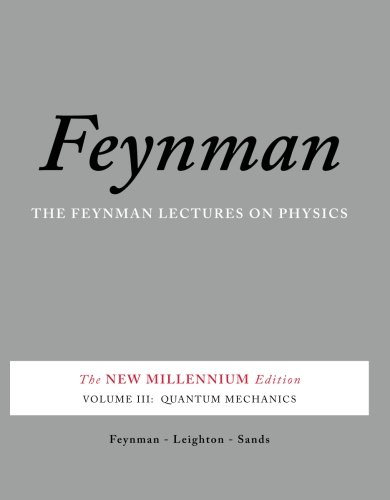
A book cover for The Feynman Lectures on Physics, Vol. III: The New Millennium Edition: Quantum Mechanics (Volume 3); Richard P. Feynman; Science & Math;